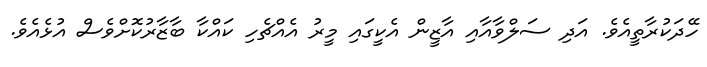
ހޭދަކުރާތީއެވެ. އަދި ސަލްވާއާއި އާޒީން އެކީގައި މީރު އެއްޗެހި ކައްކާ ބާޒާރުކޮށްވެސް އުޅެއެވެ.